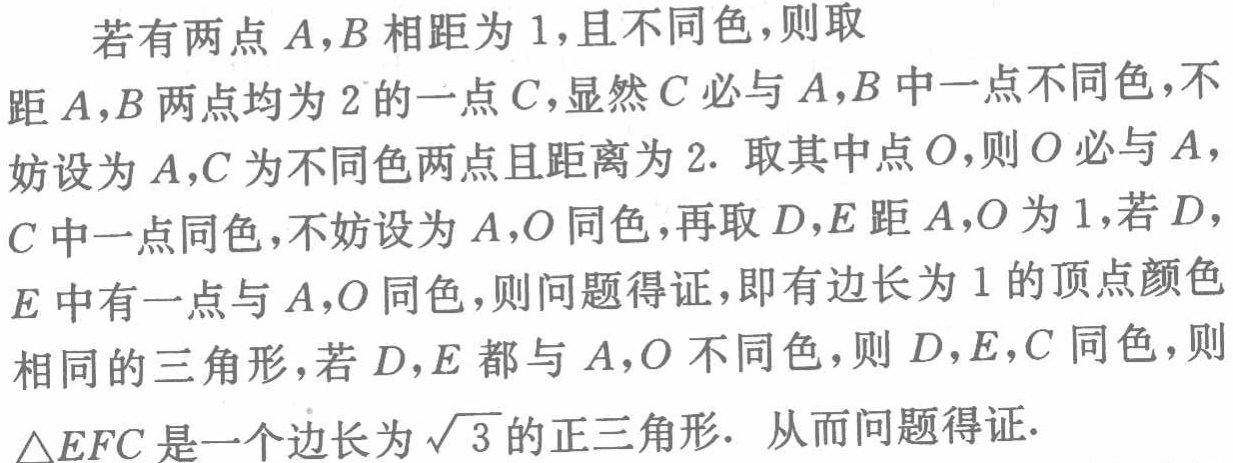
若有两点\(A,B\)相距为\(1\)，且不同色，则取

距\(A,B\)两点均为\(2\)的一点\(C\)，显然\(C\)必与\(A,B\)中一点不同色，不

妨设为\(A,C\)为不同色两点且距离为\(2\). 取其中点\(O\)，则\(O\)必与\(A\)，

\(C\)中一点同色，不妨设为\(A,O\)同色，再取\(D,E\)距\(A,O\)为\(1\)，若\(D\)，

\(E\)中有一点与\(A,O\)同色，则问题得证，即有边长为\(1\)的顶点颜色

相同的三角形，若\(D,E\)都与\(A,O\)不同色，则\(D,E,C\)同色，则

\(\triangle EFC\)是一个边长为\(\sqrt{3}\)的正三角形. 从而问题得证.